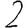
Digit: 2